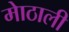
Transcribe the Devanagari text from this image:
माेठाली